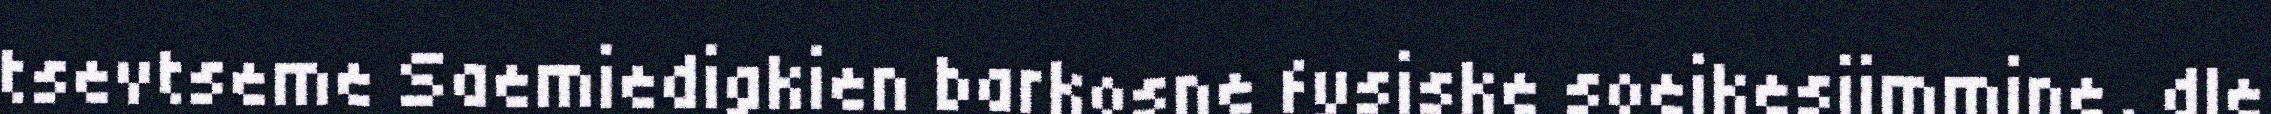
tsevtseme Saemiedigkien barkosne fysiske soejkesjimmine, dle